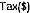
TAX($)